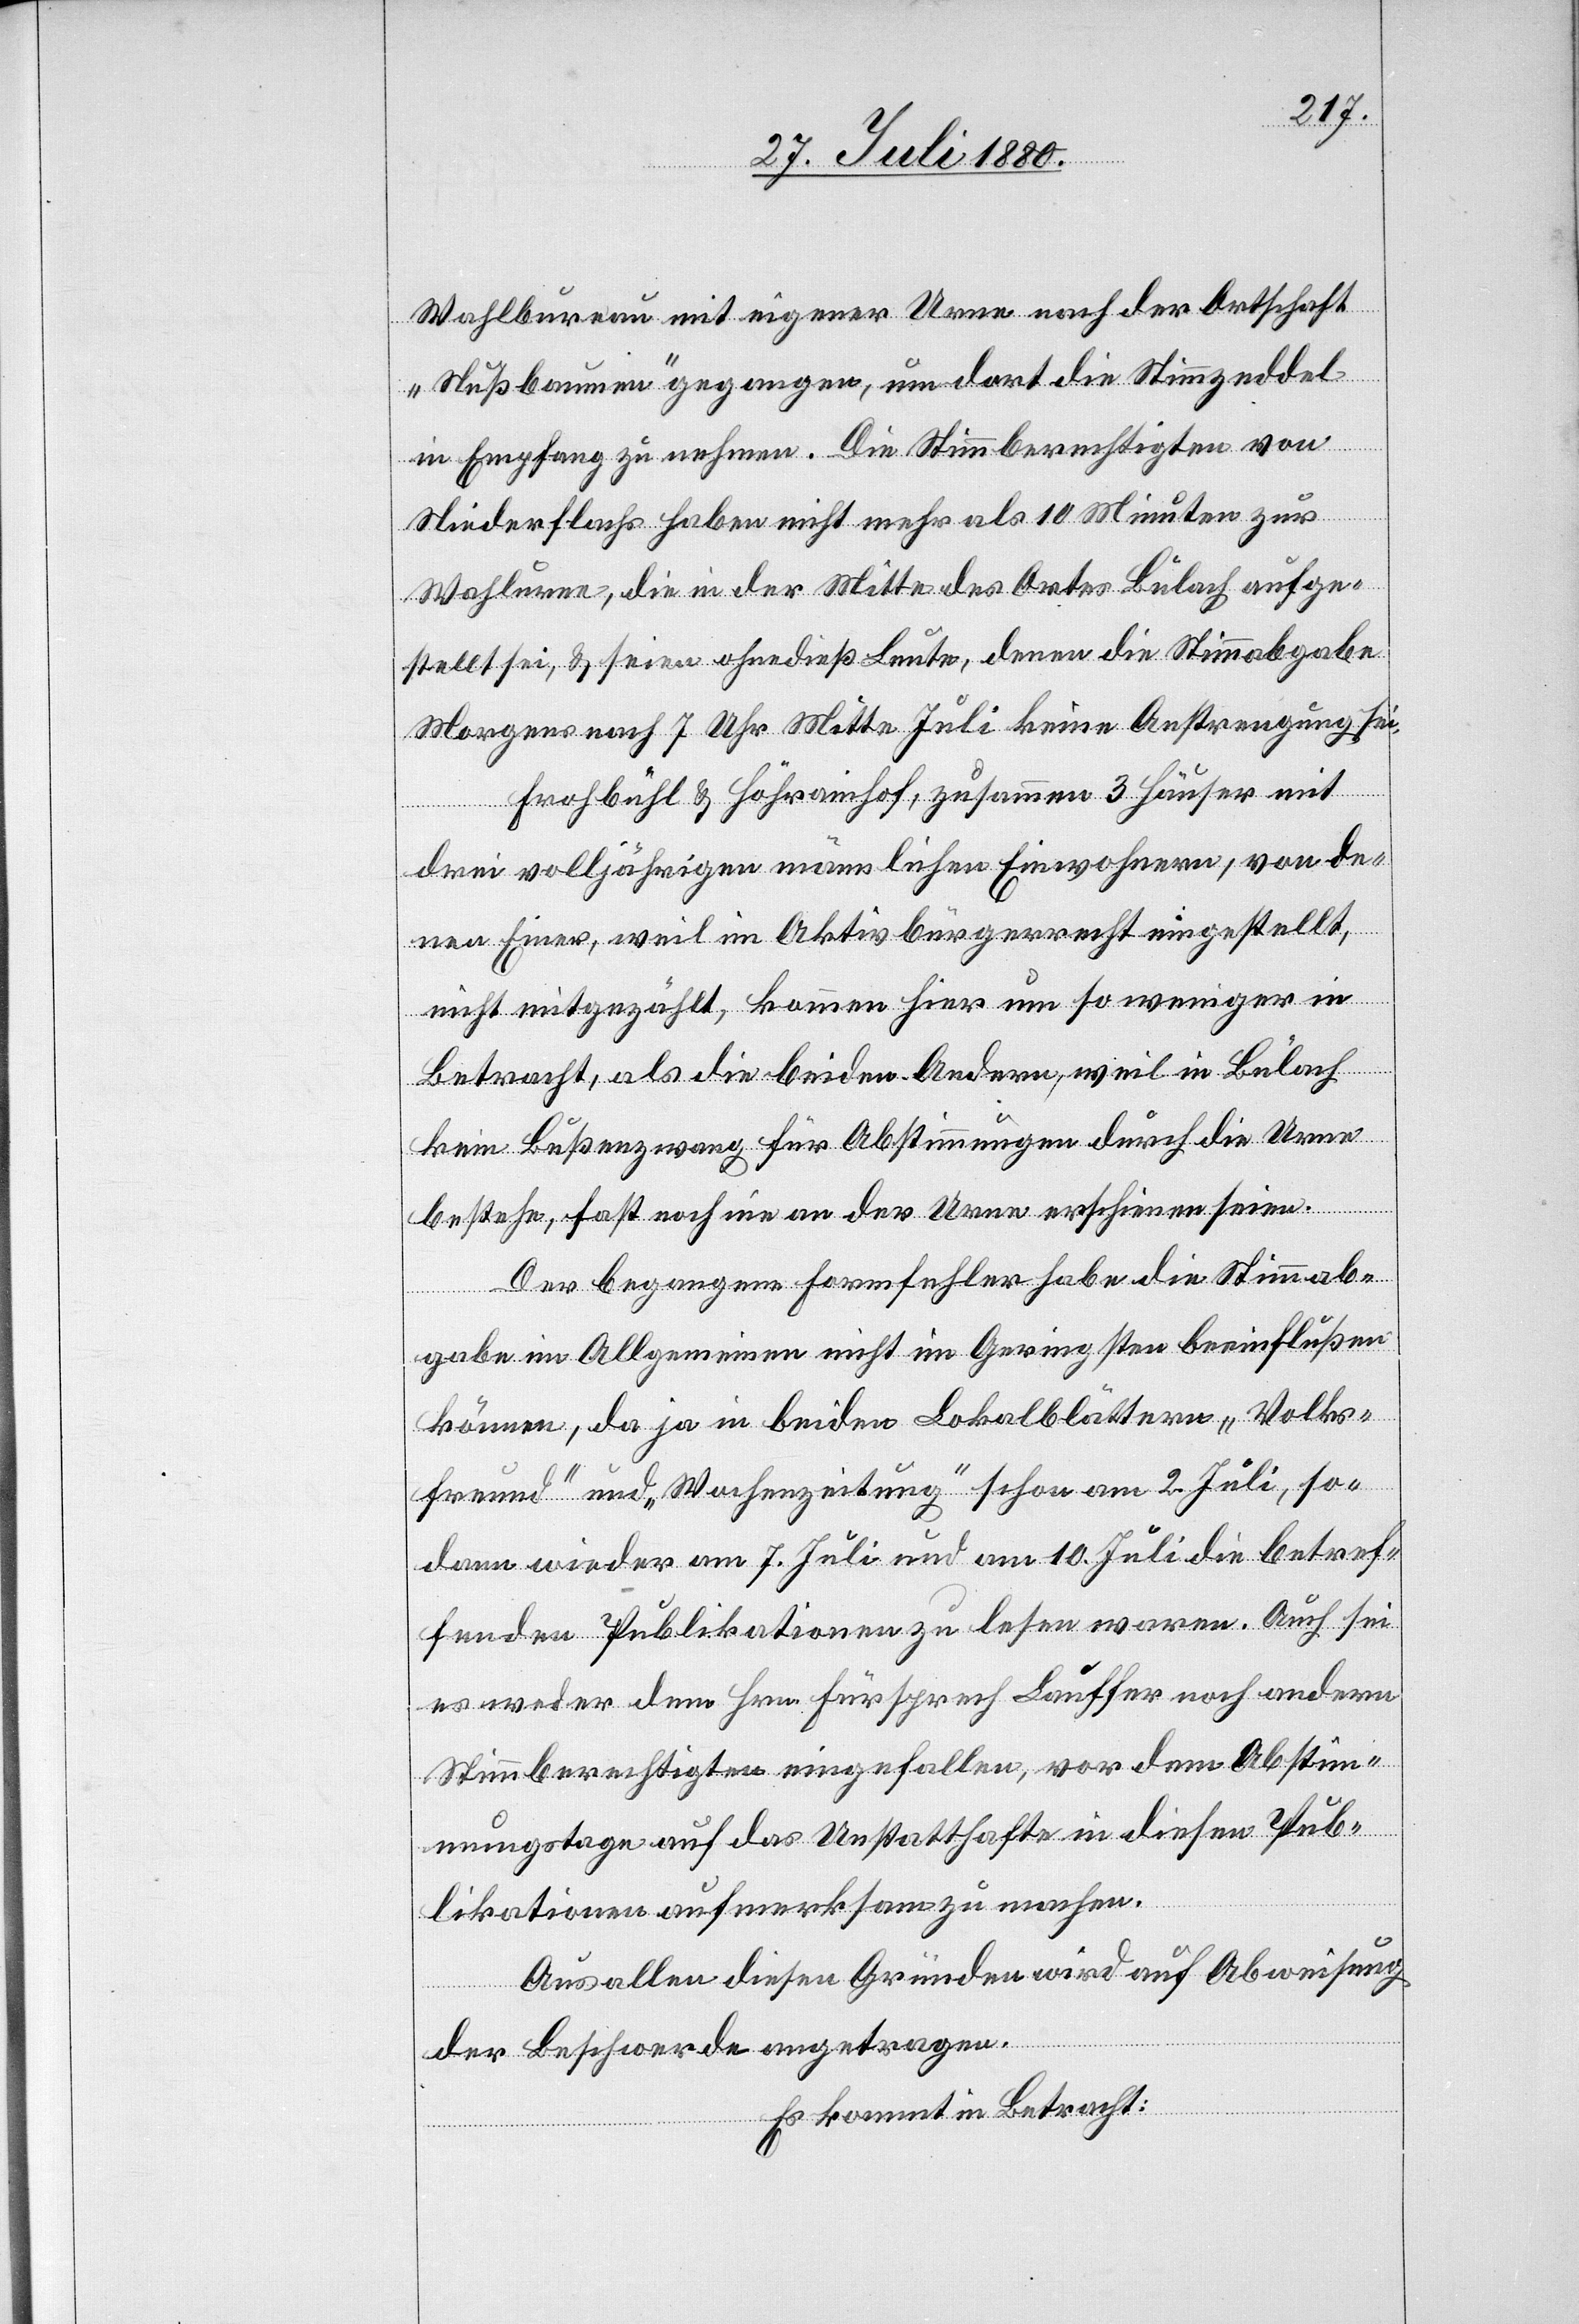
Wahlbureau mit eigener Urne nach der Ortschaft
„Nußbaumen“ gegangen, um dort die Simmzeddel
in Empfang zu nehmen. Die Stimmberechtigten von
Niederflachs haben nicht mehr als 10 Minuten zur
Wahlurne, die in der Mitte des Ortes Bülach aufge¬
stellt sei, & seien ohnedieß Leute, denen die Stimmabgabe
Morgens nach 7 Uhr Mitte Juli keine Anstrengung sei.
Frohbühl & Höhrainhof, zusammen 3 Häuser mit
drei volljährigen männlichen Einwohnern, von de¬
nen Einer, weil im Aktivbürgerrecht eingestellt,
nicht mitgezählt, kommen hier um so weniger in
Betracht, als die beiden Andern, weil in Bülach
kein Bußenzwang für Abstimmungen durch die Urne
bestehe, fast noch nie an der Urne erschienen seien.
Der begangene Formfehler habe die Stimmab¬
gabe im Allgemeinen nicht im Geringsten beeinflußen
können, da ja in beiden Lokalblättern „Volks¬
freund“ und „Wochenzeitung“ schon am 2. Juli, so¬
dann wieder am 7. Juli und am 10. Juli die betref¬
fenden Publikationen zu lesen waren. Auch sei
es weder dem Hrn. Fürsprech Lauffer noch andern
Stimmberechtigten eingefallen, vor dem Abstim¬
mungstage auf das Unstatthafte in diesen Pub¬
likationen aufmerksam zu machen.
Aus allen diesen Gründen wird auf Abweisung
der Beschwerde angetragen.
Es kommt in Betracht: